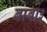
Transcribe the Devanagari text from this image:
बाबा३